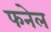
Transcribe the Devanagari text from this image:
फनेल